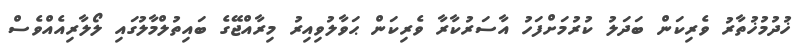
ޚުދުމުޚުތާރު ވެރިކަން ބަދަލު ކުރުމަށްފަހު އާސަރުކާރާ ވެރިކަން ޙަވާލުވިއިރު މިރާއްޖޭގެ ބައިތުލްމާލުގައި ލޯލާރިއެއްވެސް